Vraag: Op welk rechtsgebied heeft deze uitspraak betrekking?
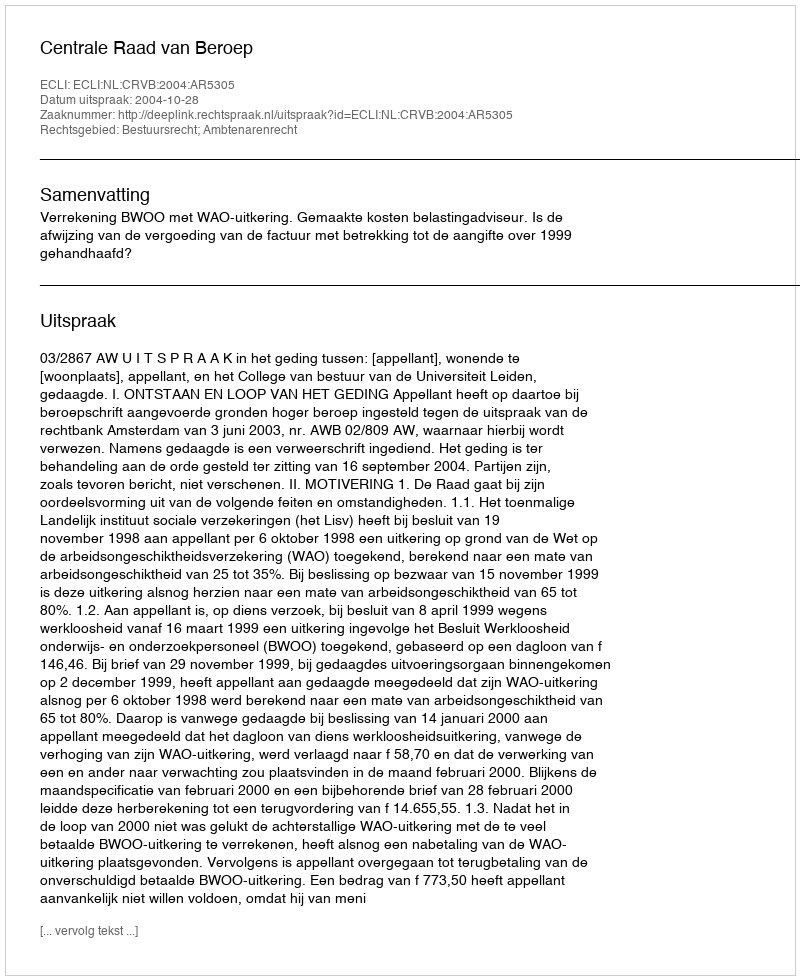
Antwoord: Bestuursrecht; Ambtenarenrecht